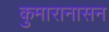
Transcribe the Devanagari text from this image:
कुमारानासन